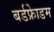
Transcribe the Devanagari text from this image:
बर्डफ्राेेडम